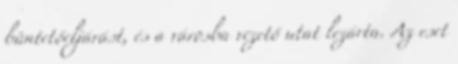
büntetőeljárást, és a városba vezető utat lezárta. Az eset